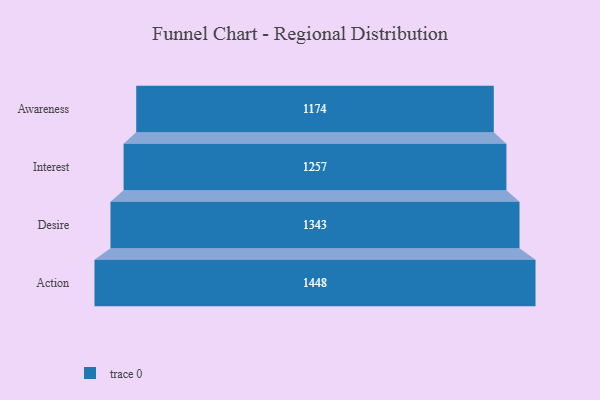
{"axis": {"x": "Stage", "y": "Value"}, "legend": [""], "data": [{"x": "Awareness", "y": 1174.0, "type": ""}, {"x": "Interest", "y": 1257.0, "type": ""}, {"x": "Desire", "y": 1343.0, "type": ""}, {"x": "Action", "y": 1448.0, "type": ""}]}